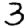
Digit: 3